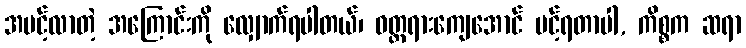
အပင့်လာတဲ့ အကြောင်းကို လျှောက်ရပါတယ်၊ ဝတ္တရားကျေအောင် ပင့်ရတာပါ, ကိစ္စက ဆရာ